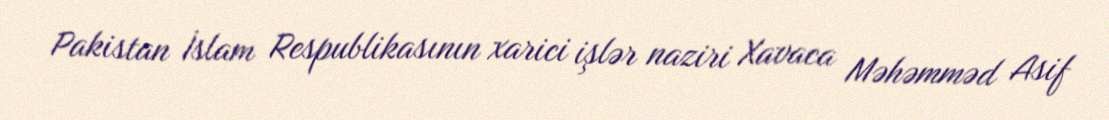
Pakistan İslam Respublikasının xarici işlər naziri Xavaca Məhəmməd Asif